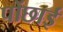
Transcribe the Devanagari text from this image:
पोंछाई